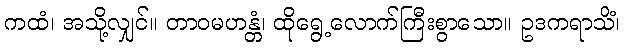
ကထံ၊ အသို့လျှင်။ တာဝမဟန္တံ၊ ထိုရွေ့လောက်ကြီးစွာသော။ ဥဒကရာသိံ၊